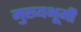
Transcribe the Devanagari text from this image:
मुख्यभूमी